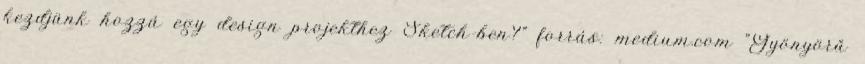
kezdjünk hozzá egy design projekthez Sketch-ben?" forrás: medium.com "Gyönyörű